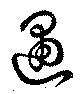
遇